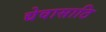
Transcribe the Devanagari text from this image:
द्येवासाठि